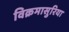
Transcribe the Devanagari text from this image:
विक्रमासुरिया